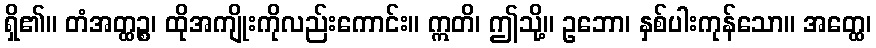
ရှိ၏။ တံအတ္ထဉ္စ၊ ထိုအကျိုးကိုလည်းကောင်း။ ဣတိ၊ ဤသို့။ ဥဘော၊ နှစ်ပါးကုန်သော။ အတ္ထေ၊